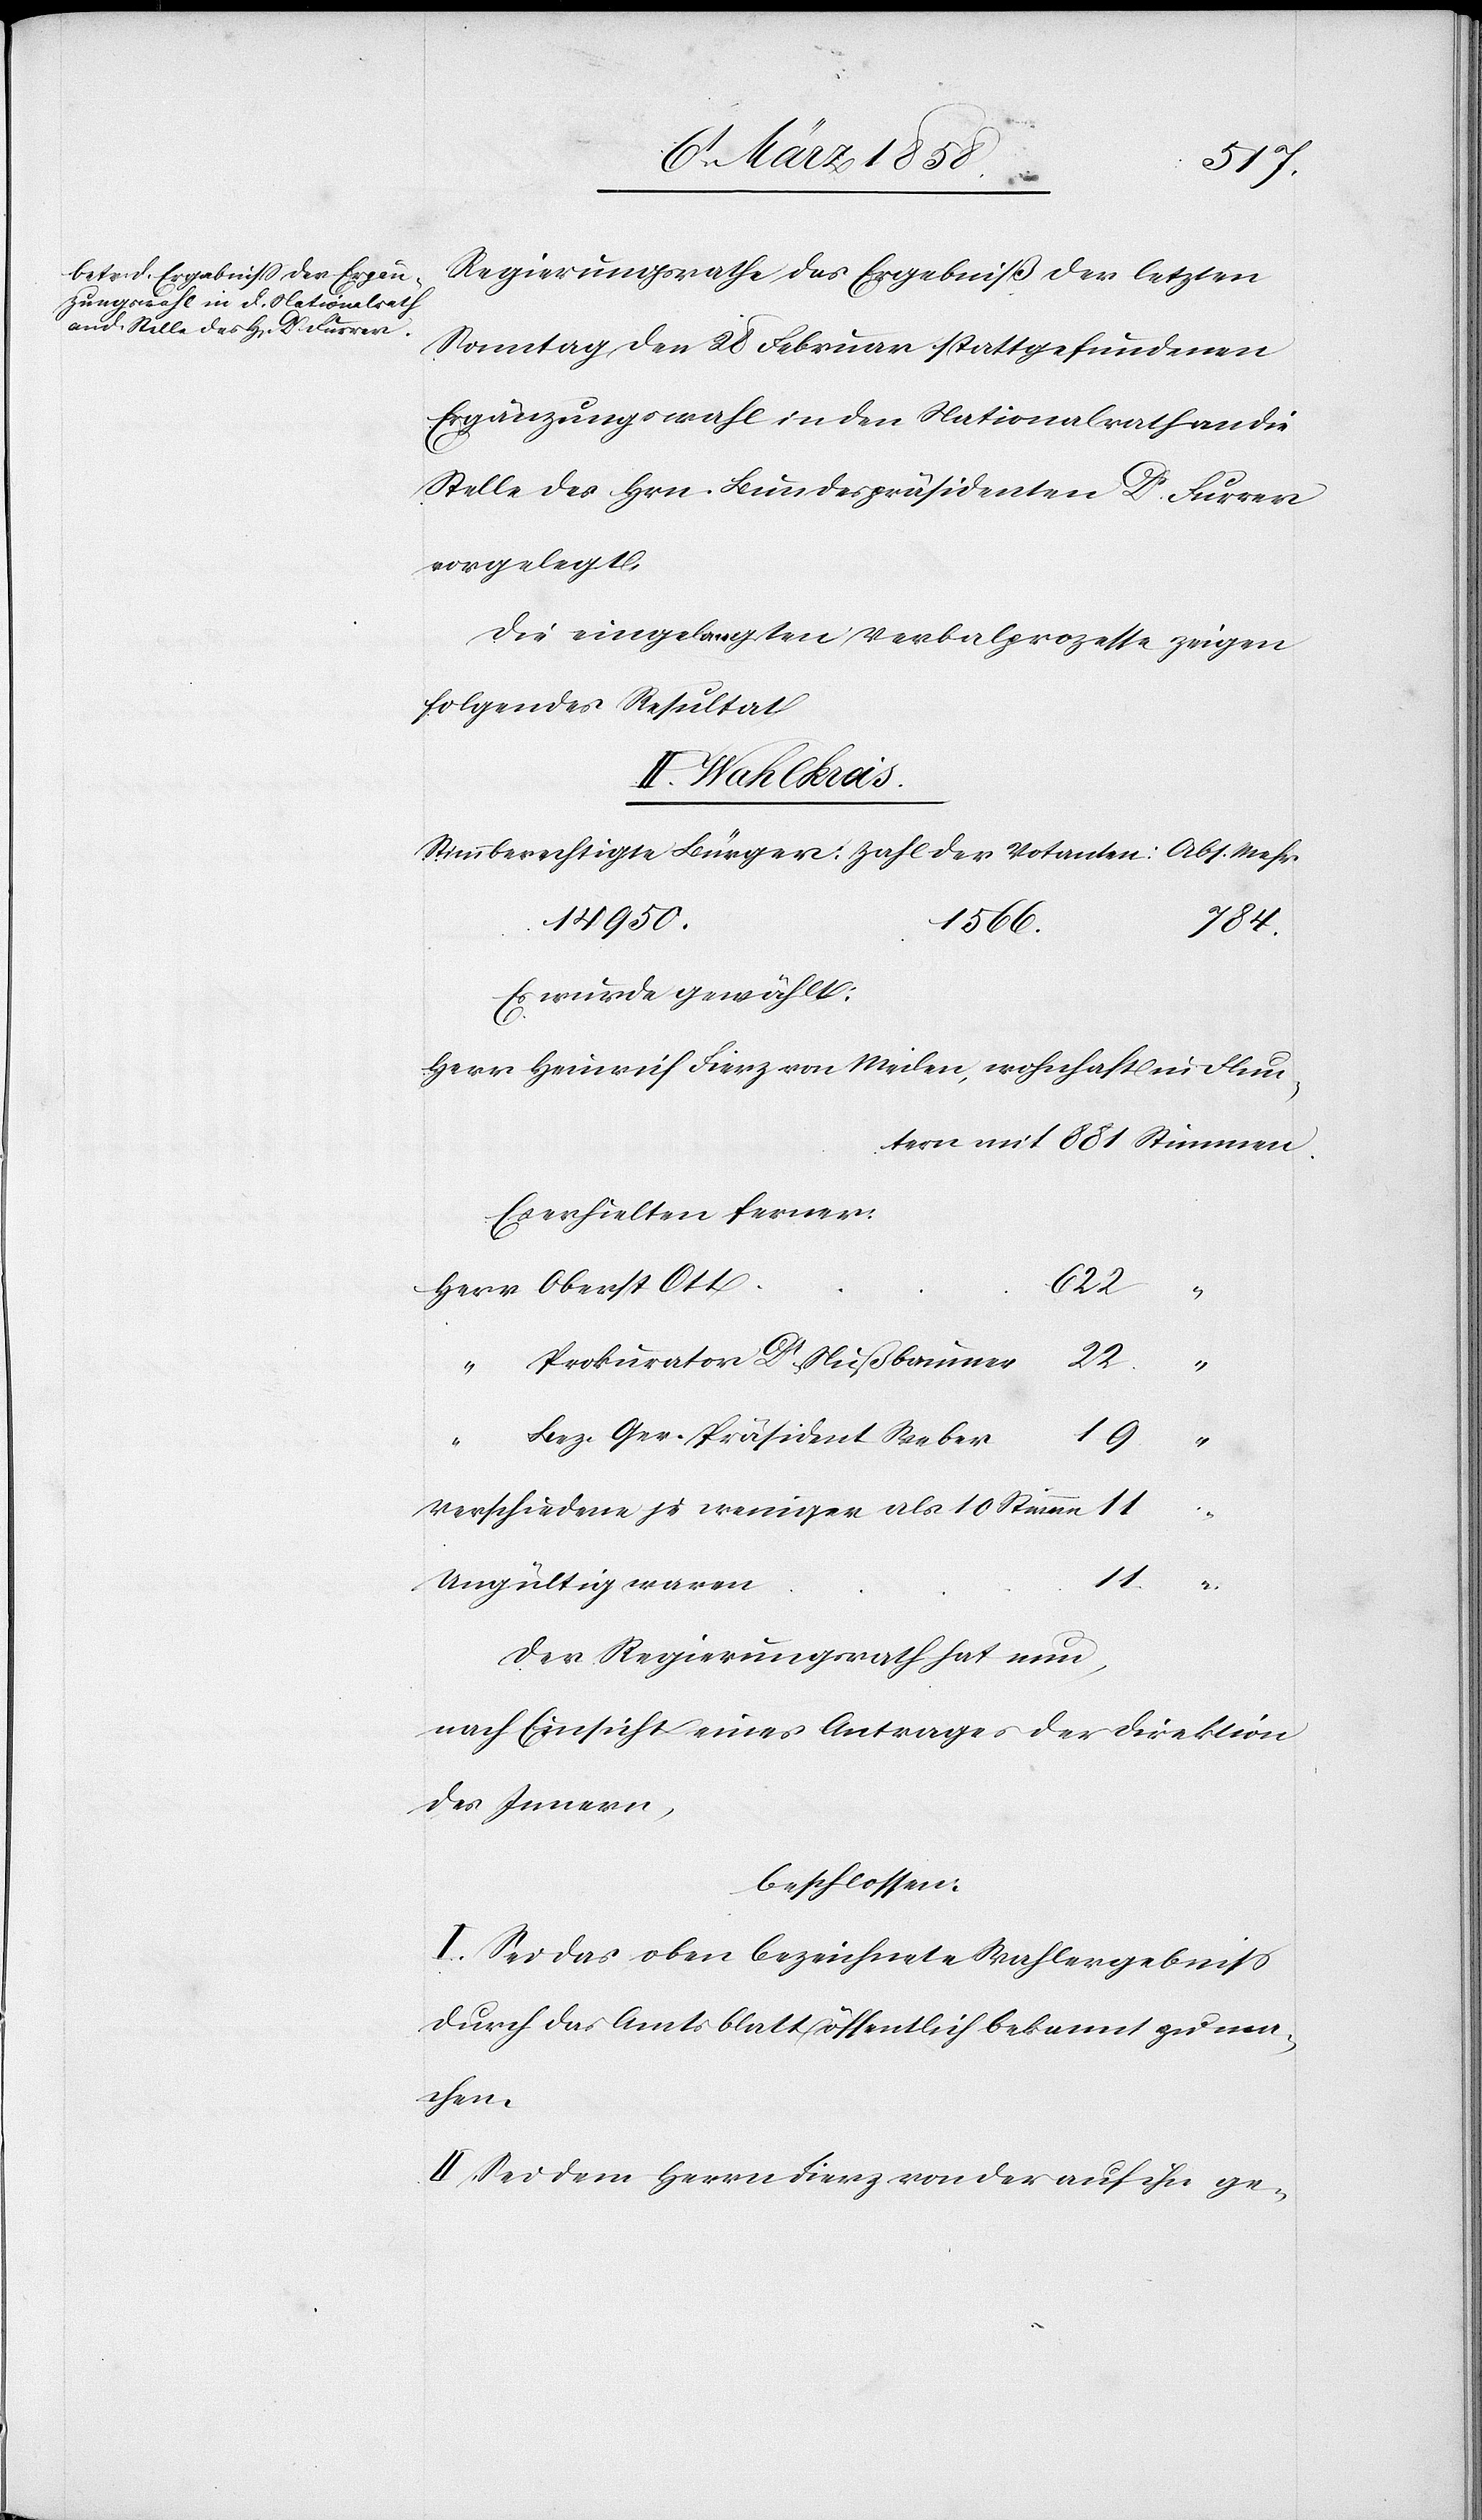
Regierungsrathe das Ergebniß der letzten
Sonntag den 28. Februar stattgefundenen
Ergänzungswahl in den Nationalrath an die
Stelle des Hrn. Bundespräsidenten Dr Furrer
vorgelegt.
Die eingelangten Verbalprozesse zeigen
folgendes Resultat:
II. Wahlkreis.
14 950.
1566.
784.
Es wurde gewählt:
Herr Heinrich Fierz von Meilen, wohnhaft in Flun¬
tern mit 881 Stimmen.
Es erhielten ferner:
blatt
ma¬
Prokurator Dr Nußbaumer
22
Bez. Ger. Präsident Weber
“
Verschiedene je weniger als 10 Stimmen
11
Ungültig waren
Der Regierungsrath hat nun,
nach Einsicht eines Antrages der Direktion
des Innern,
beschlossen:
I. Sei das oben bezeichnete Wahlergebniß
chen.
II. Sei dem Herrn Fierz von der auf ihn ge-